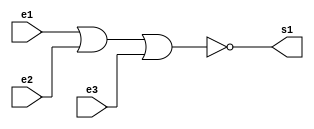

// 
// Ex 02
// Vinicius Dos Santos Bordoni
// 365595
//


module NOR ( s1, e1, e2, e3);

output s1;
input e1, e2, e3;

assign s1 = ~( e1 | e2 | e3 );

endmodule

module Exe_NOR;

reg a, b, c;
wire e;

NOR NOR1( e, a, b, c);

initial begin
$display("Guia 01 Ex02");
$display("Vinicius dos Santos Bordoni");
$display("365595");

$display("Teste da porta NOR com 3 entradas.");
$display("\n e1 e2 e3 s1\n");
$monitor(" %b  %b  %b   %b", a, b, c, e);

#1 a=0; b=0; c=0; 
#1 a=0; b=0; c=1; 
#1 a=0; b=1; c=0; 
#1 a=0; b=0; c=1; 
#1 a=0; b=1; c=1; 
#1 a=1; b=0; c=0; 
#1 a=1; b=0; c=1; 
#1 a=1; b=1; c=0; 
#1 a=1; b=1; c=1; 

end

endmodule